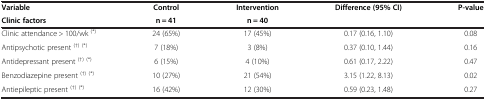
<table><thead><tr><td><b>Variable</b></td><td><b>Control</b></td><td><b>Intervention</b></td><td><b>Difference (95% CI)</b></td><td><b>P-value</b></td></tr><tr><td><b>Clinic factors</b></td><td><b>n = 41</b></td><td><b>n = 40</b></td><td>[EMPTY_CELL]</td><td>[EMPTY_CELL]</td></tr></thead><tbody><tr><td>Clinic attendance &gt; 100/wk <sup>(*)</sup></td><td>24 (65%)</td><td>17 (45%)</td><td>0.17 (0.16, 1.10)</td><td>0.08</td></tr><tr><td>Antipsychotic present <sup>(†) (*)</sup></td><td>7 (18%)</td><td>3 (8%)</td><td>0.37 (0.10, 1.44)</td><td>0.16</td></tr><tr><td>Antidepressant present <sup>(†) (*)</sup></td><td>6 (15%)</td><td>4 (10%)</td><td>0.61 (0.17, 2.22)</td><td>0.47</td></tr><tr><td>Benzodiazepine present <sup>(†) (*)</sup></td><td>10 (27%)</td><td>21 (54%)</td><td>3.15 (1.22, 8.13)</td><td>0.02</td></tr><tr><td>Antiepileptic present <sup>(†) (*)</sup></td><td>16 (42%)</td><td>12 (30%)</td><td>0.59 (0.23, 1.48)</td><td>0.27</td></tr></tbody></table>